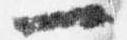
一